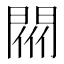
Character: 𨴟